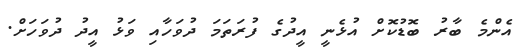
އެންމެ ބާރު ބޮޑުކޮށް އުޅެނީ އީދުގެ ފުރަތަމަ ދުވަހާއި ވަޅު އީދު ދުވަހަށް.